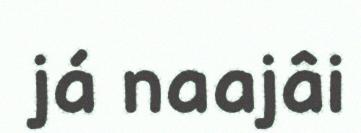
já naajâi